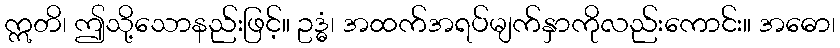
ဣတိ၊ ဤသို့သောနည်းဖြင့်။ ဥဒ္ဓံ၊ အထက်အရပ်မျက်နှာကိုလည်းကောင်း။ အဓော၊